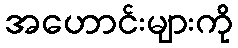
အဟောင်းများကို